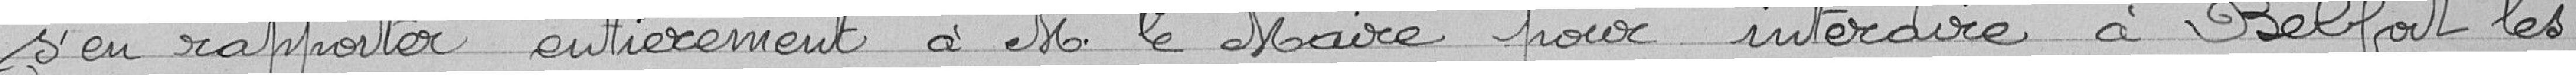
s'en rapporter entièrement à M. le Maire pour interdire à Belfort les